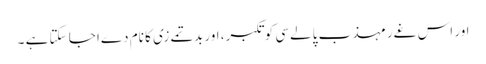
اور اس غےر مہذب پالےسی کو تکبر، اور بدتمےزی کا نام دےا جا سکتا ہے ۔